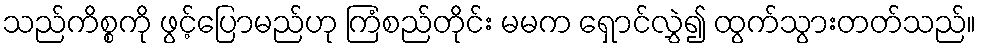
သည်ကိစ္စကို ဖွင့်ပြောမည်ဟု ကြံစည်တိုင်း မမက ရှောင်လွှဲ၍ ထွက်သွားတတ်သည်။